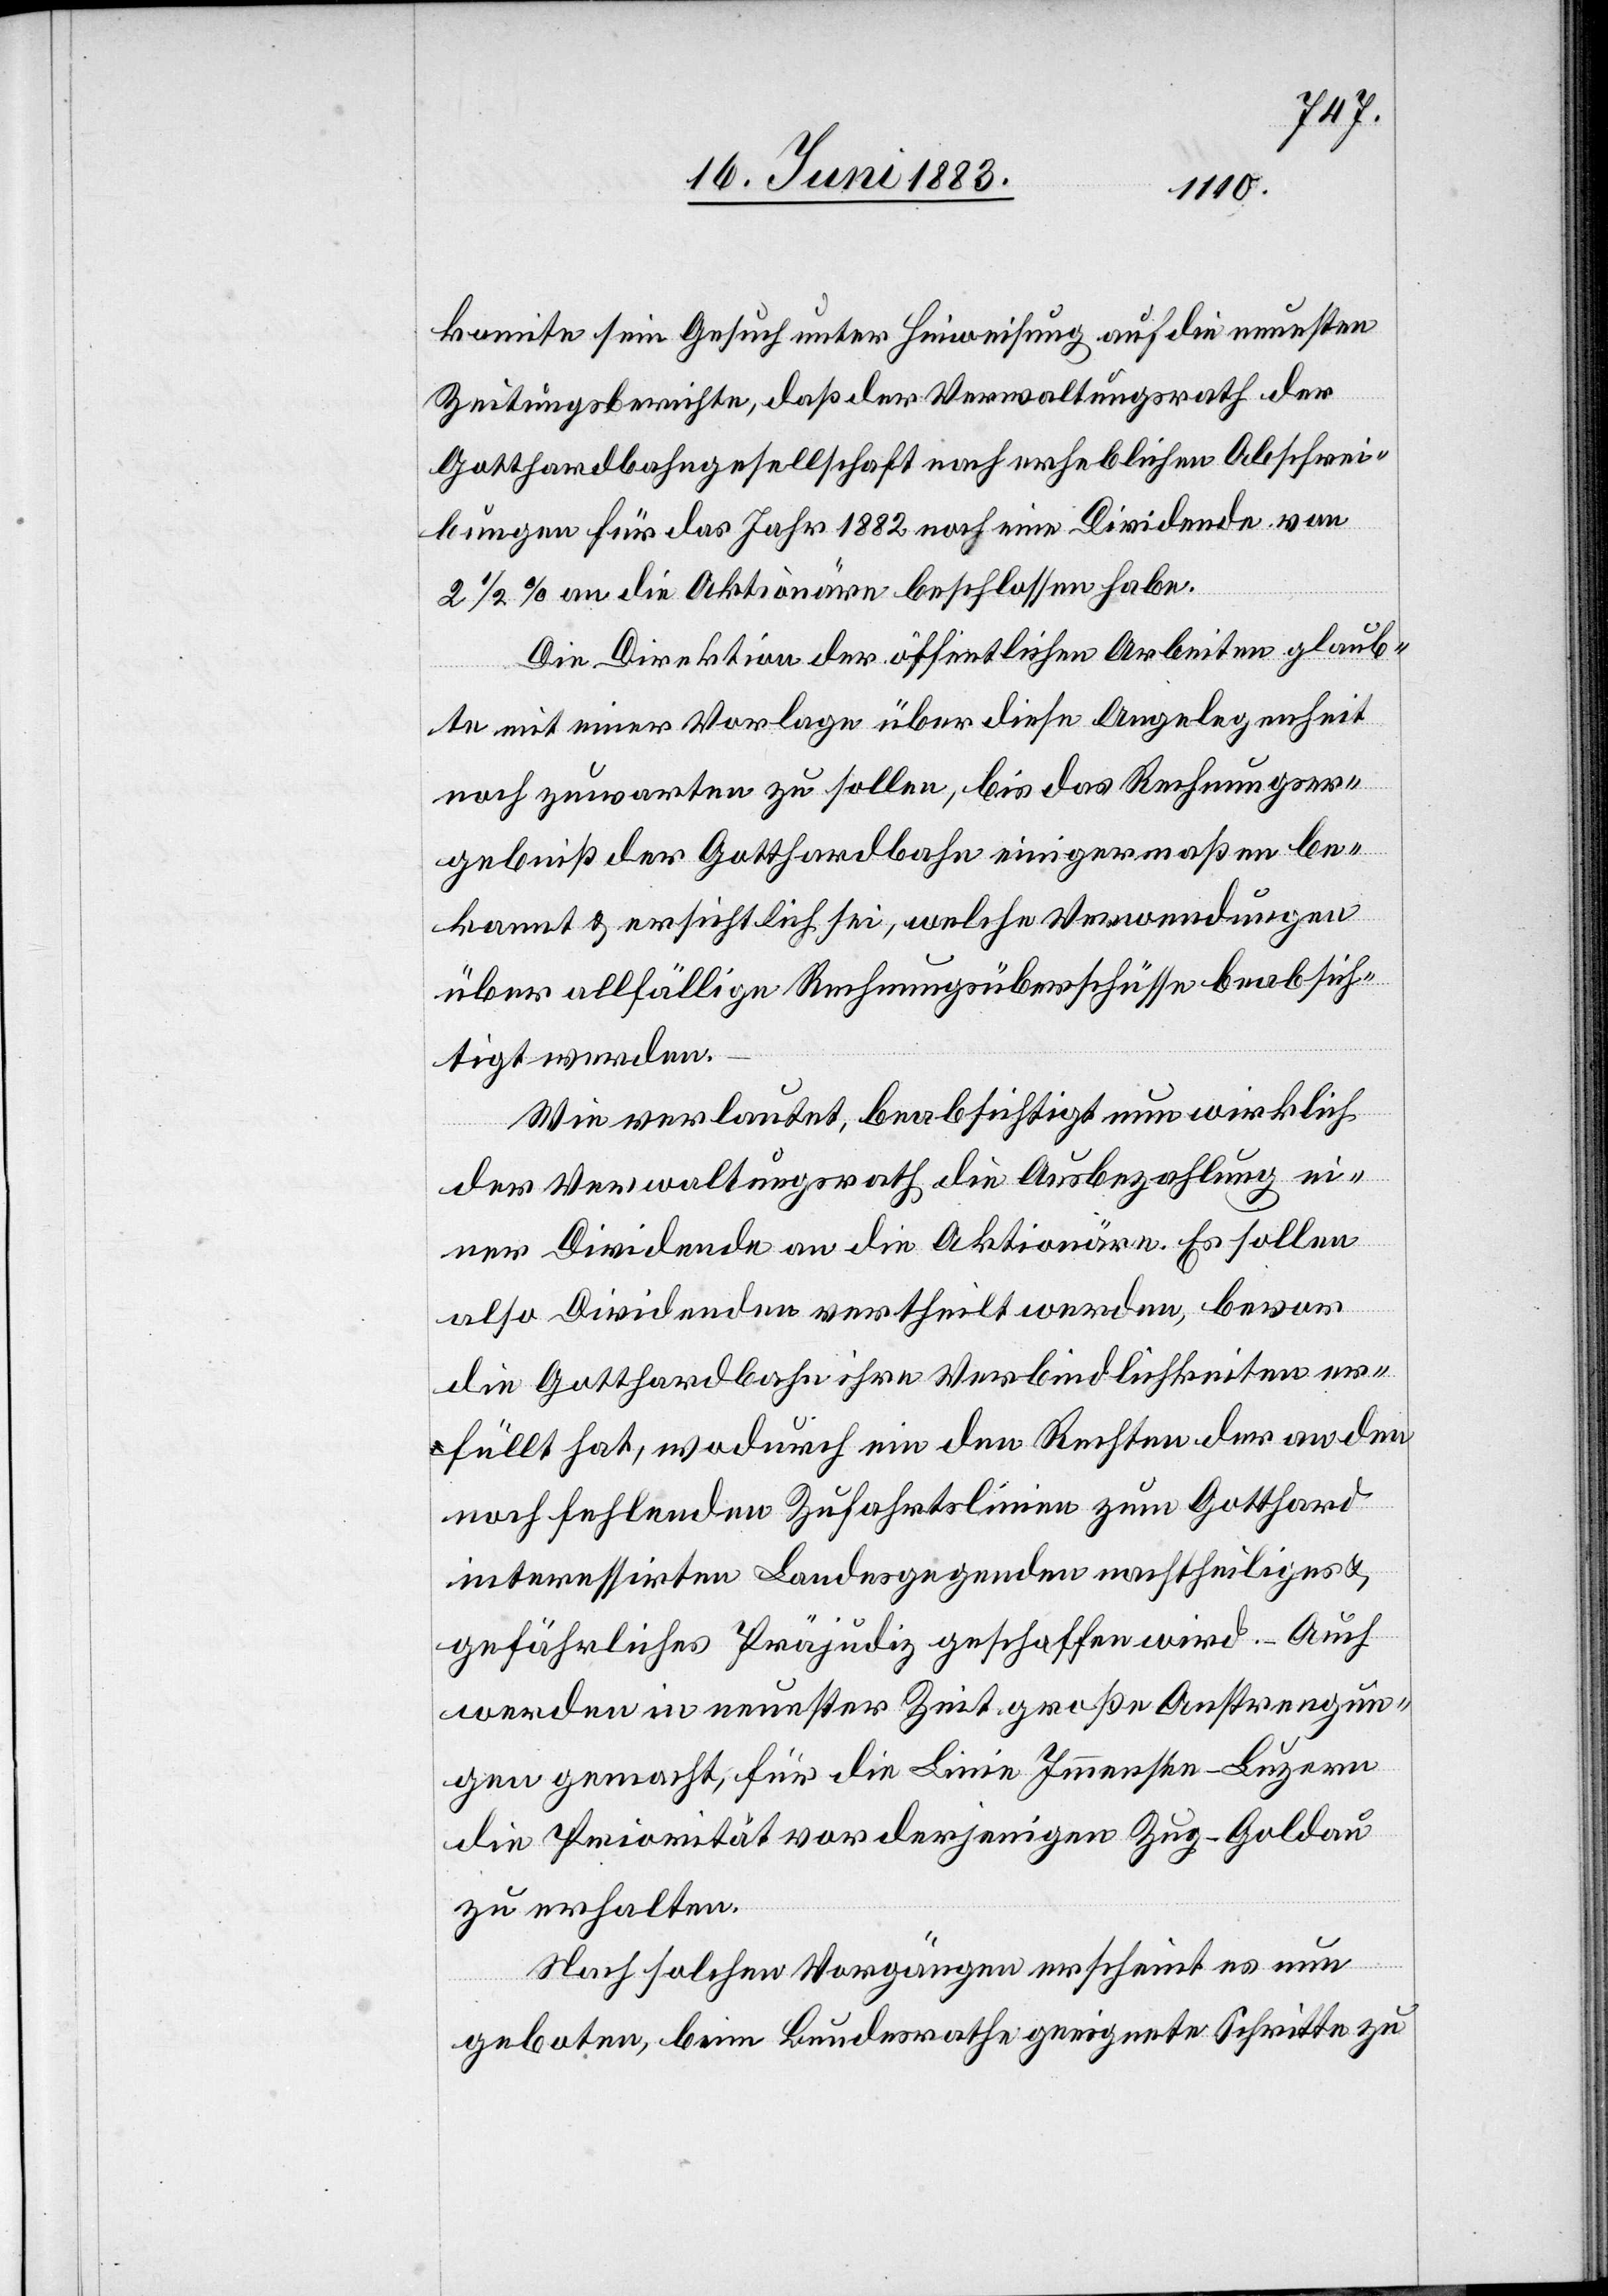
komite sein Gesuch unter Hinweisung auf die neuesten
Zeitungsberichte, daß der Verwaltungsrath der
Gotthardbahngesellschaft nach erheblichen Abschrei¬
bungen für das Jahr 1882 noch eine Dividende von
2 1/2% an die Aktionäre beschlossen habe.
Die Direktion der öffentlichen Arbeiten glaub¬
te mit einer Vorlage über diese Angelegenheit
noch zuwarten zu sollen, bis das Rechnungser¬
gebniß der Gotthardbahn einigermaßen be¬
kannt & ersichtlich sei, welche Verwendungen
über allfällige Rechnungsüberschüsse beabsich¬
tigt werden.
Wie verlautet, beabsichtigt nun wirklich
der Verwaltungsrath die Ausbezahlung ei¬
ner Dividende an die Aktionäre. Es sollen
also Dividenden vertheilt werden, bevor
die Gotthardbahn ihre Verbindlichkeiten er¬
füllt hat, wodurch ein den Rechten der an den
noch fehlenden Zufahrtslinien zum Gotthard
interessirten Landesgegenden nachtheiliges &
gefährliches Präjudiz geschaffen wird. – Auch
werden in neuester Zeit große Anstrengun¬
gen gemacht, für die Linie Immensee–Luzern
die Priorität vor derjenigen Zug–Goldau
zu erhalten.
Nach solchen Vorgängen erscheint es nun
geboten, beim Bundesrathe geeignete Schritte zu